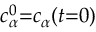
c _ { \alpha } ^ { 0 } { = } c _ { \alpha } ( t { = } 0 )